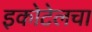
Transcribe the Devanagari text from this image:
इकोटेलचा